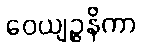
ဝေယျဉ္ဇနိကာ